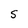
Character: S